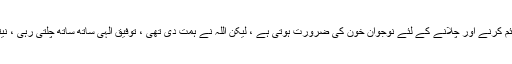
خود مولانا بھی اس وقت {۶۰} کے پیٹھے میں تھے ، ادارے قائم کرنے اور چلانے کے لئے نوجوان خون کی ضرورت ہوتی ہے ، لیکن اللہ نے ہمت دی تھی ، توفیق الہی ساتھ ساتھ چلتی رہی ، نیتیں نیک تھیں ، مقصد صالح تھا ، اللہ نے رکاوٹوں کو دور کیا ۔